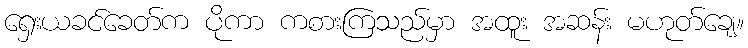
ရှေးယခင်ခေတ်က ပိုကာ ကစားကြသည်မှာ အထူး အဆန်း မဟုတ်ချေ။